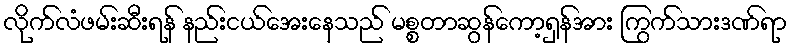
လိုက်လံဖမ်းဆီးရန် နည်းငယ်အေးနေသည် မစ္စတာဆွန်ကော့ရှန်အား ကြွက်သားဒဏ်ရာ